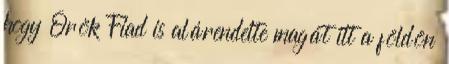
hogy Örök Fiad is alárendelte magát itt a földön